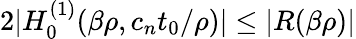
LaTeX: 2\lvert H_{0}^{(1)}(\beta\rho,c_{n}t_{0}/\rho)\rvert\le\lvert R(\beta\rho)\rvert